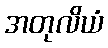
အတုလိယံ